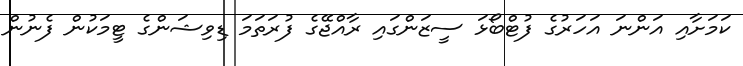
ކަަމަށާއި އަންނަ އަހަރުގެ ފުޓްބޯޅަ ސީޒަންގައި ރާއްޖޭގެ ފުރަތަމަ ޑިވިޝަންގެ ޓީމަކުން ފެނުން